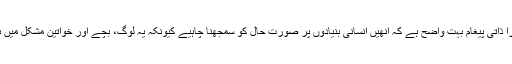
‘میرا ذاتی پیغام بہت واضح ہے کہ انھیں انسانی بنیادوں پر صورت حال کو سمجھنا چاہیے کیونکہ یہ لوگ، بچے اور خواتین مشکل میں ہیں۔